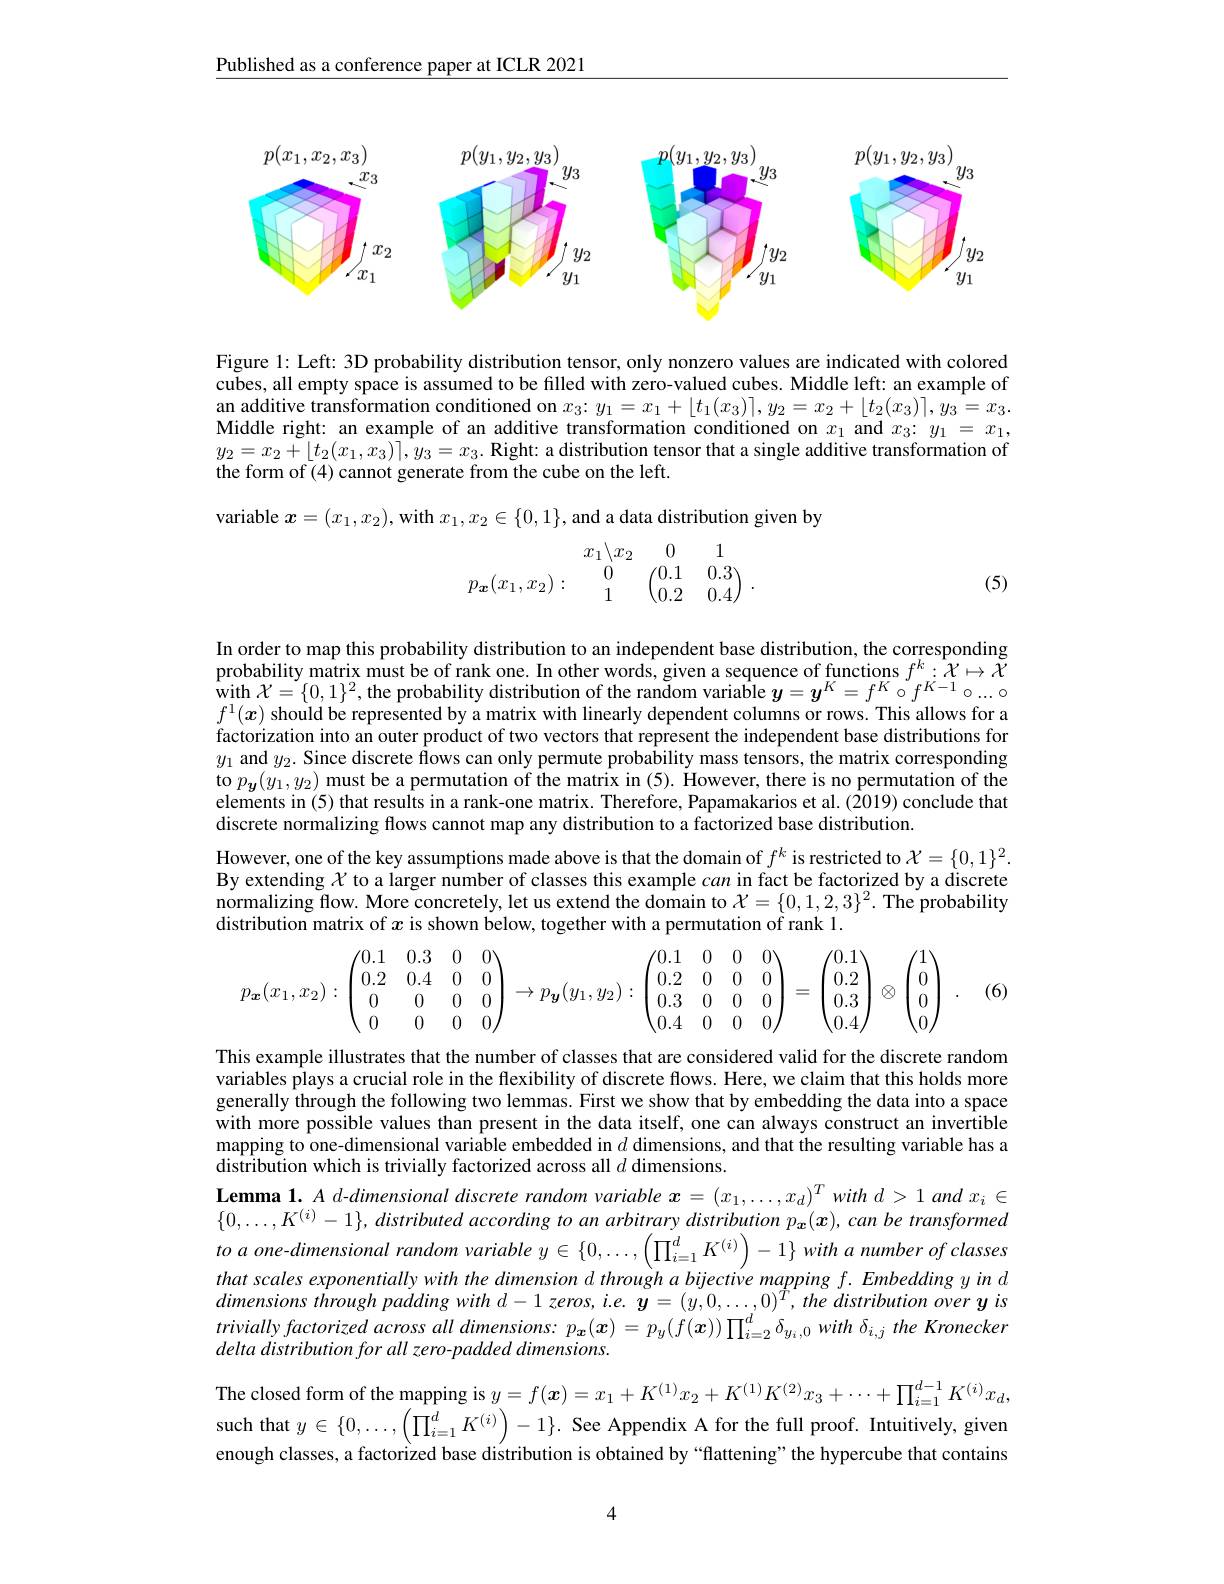
Published as a conference paper at ICLR 2021

<FigureHere>

Figure 1: Left: 3D probability distribution tensor, only nonzero values are indicated with colored cubes, all empty space is assumed to be filled with zero-valued cubes. Middle left: an example of an additive transformation conditioned on $x_3{:}y_1=x_1+\lfloor t_1(x_3)\rceil,y_2=x_2+\lfloor t_2(x_3)\rceil,y_3=x_3.$ Middle right: an example of an additive transformation conditioned on $x_1$ and $x_3:y_1=x_1$, $y_{2}= x_{2}+ [ t_{2}( x_{1}, x_{3}) ] , y_{3}= x_{3}. \textbf{Right: a distribution tensor that a single additive transformation of}$ the form of (4) cannot generate from the cube on the left.

variable $\boldsymbol x=(x_1,x_2)$, with $x_1,x_2\in\{0,1\}$, and a data distribution given by
$$p_{\boldsymbol{x}}(x_1,x_2):\begin{array}{ccc}&x_1\backslash x_2&0&1\\0&0&\begin{pmatrix}0.1&&0.3\\0.2&&0.4\end{pmatrix}\end{array}.$$
(5)

In order to map this probability distribution to an independent base distribution, the corresponding probability matrix must be of rank one. In other words, given a sequence of functions $f^k:\tilde{\mathcal{X}}\mapsto\tilde{\mathcal{X}}$ with $\mathcal{X}=\{0,1\}^2$, the probability distribution of the random variable $y=y^K=f^K\circ f^{K-1}\circ...\circ$ $f^1(x)$ should be represented by a matrix with linearly dependent columns or rows. This allows for a factorization into an outer product of two vectors that represent the independent base distributions for $y_1$ and $y_2.$ Since discrete flows can only permute probability mass tensors, the matrix corresponding to $p_{\boldsymbol{y}}(y_{1},y_{2})$ must be a permutation of the matrix in (5). However, there is no permutation of the elements in (5) that results in a rank-one matrix. Therefore, Papamakarios et al. (2019) conclude that discrete normalizing flows cannot map any distribution to a factorized base distribution.
However, one of the key assumptions made above is that the domain of $f^k$ is restricted to $\mathcal{X}=\{0,1\}^2.$ By extending $\chi$ to a larger number of classes this example can in fact be factorized by a discrete normalizing flow. More concretely, let us extend the domain to $\mathcal{X}=\{0,1,2,3\}^2.$ The probability distribution matrix of $x$ is shown below, together with a permutation of rank 1.
$$p_{\boldsymbol{x}}(x_1,x_2):\begin{pmatrix}0.1&0.3&0&0\\0.2&0.4&0&0\\0&0&0&0\\0&0&0&0\end{pmatrix}\to p_{\boldsymbol{y}}(y_1,y_2):\begin{pmatrix}0.1&0&0&0\\0.2&0&0&0\\0.3&0&0&0\\0.4&0&0&0\end{pmatrix}=\begin{pmatrix}0.1\\0.2\\0.3\\0.4\end{pmatrix}\otimes\begin{pmatrix}1\\0\\0\\0\end{pmatrix}\:.$$
(6)

This example illustrates that the number of classes that are considered valid for the discrete random variables plays a crucial role in the flexibility of discrete flows. Here, we claim that this holds more generally through the following two lemmas. First we show that by embedding the data into a space with more possible values than present in the data itself, one can always construct an invertible mapping to one-dimensional variable embedded in $d$ dimensions, and that the resulting variable has a distribution which is trivially factorized across all $d$ dimensions.
Lemma 1. $A$ d-dimensional discrete random variable $\boldsymbol{x}= ( x_1, \ldots , x_d) ^Twith$ $d> 1$ and $x_i\in$ $\{0,\ldots,K^{(i)}-1\}$, distributed according to an arbitrary distribution $p_{\boldsymbol{x}}(\boldsymbol{x})$, can be transformed $toaone-dimensional$ random variable $y\in\{0,\ldots,\left(\prod_{i=1}^dK^{(i)}\right)-1\}witha$ number of classes that scales exponentially with the dimension $d$ through $a$ bijective mapping $f.$ Embedding $y$ $in$ ddimensions through padding with $d- 1$ $zeros$, $i. e.$ $y= ( y, 0, \ldots , 0) ^{T}, the$ distribution over $y$ $is$ $triviallyfactorizedacrossalldimensions:p_x(x)=p_y(f(\boldsymbol{x}))\prod_{i=2}^d\delta_{y_i,0}with\delta_{i,j}$ the Kronecker delta distribution for all zero-padded dimensions.
The closed form of the mapping is $y=f(\boldsymbol{x})=x_1+K^{(1)}x_2+K^{(1)}K^{(2)}x_3+\cdots+\prod_{i=1}^{d-1}K^{(i)}x_d$, such that $y\in\{0,\ldots,\left(\prod_{i=1}^dK^{(i)}\right)-1\}.$ See Appendix A for the full proof. Intuitively, given enough classes, a factorized base distribution is obtained by “flattening” the hypercube that contains

4